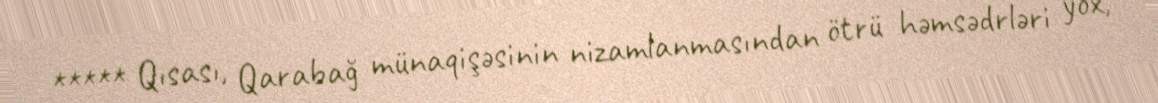
***** Qısası, Qarabağ münaqişəsinin nizamlanmasından ötrü həmsədrləri yox,